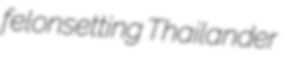
felonsetting Thailander